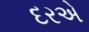
દરએ